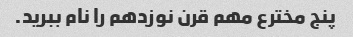
پنج مخترع مهم قرن نوزدهم را نام ببرید.